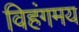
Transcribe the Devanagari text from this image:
विहंगमय